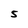
Character: S